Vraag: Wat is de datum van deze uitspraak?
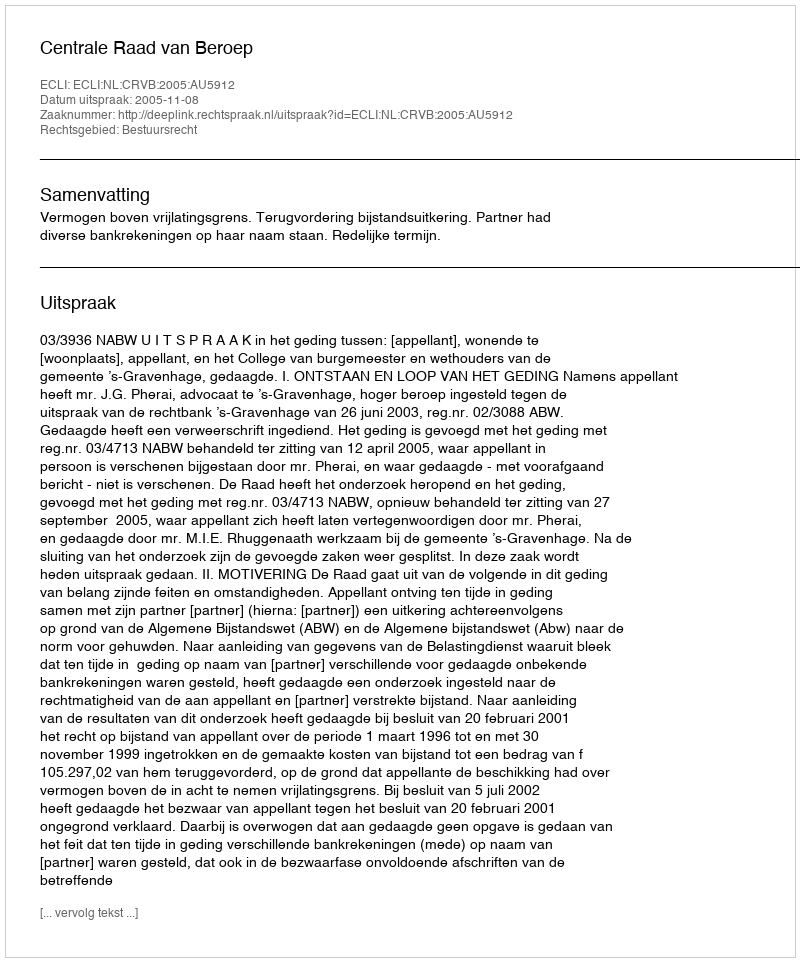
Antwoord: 2005-11-08